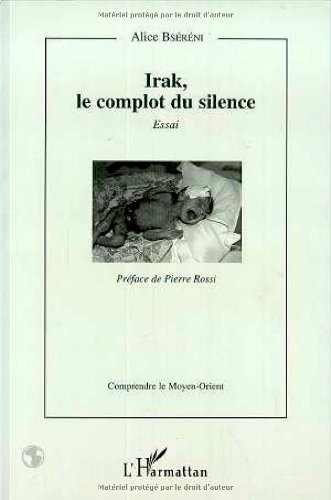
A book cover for Irak, le complot du silence: Essai (Comprendre le Moyen-Orient) (French Edition); Alice Bsereni; Travel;